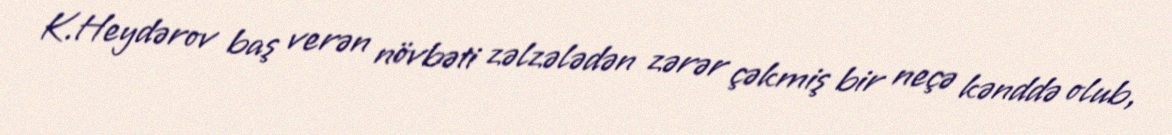
K.Heydərov baş verən növbəti zəlzələdən zərər çəkmiş bir neçə kənddə olub,